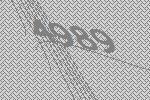
4989